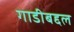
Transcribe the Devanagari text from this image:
गाडीबद्दल